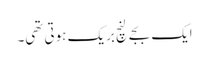
ایک بجے لنچ بریک ہوتی تھی۔